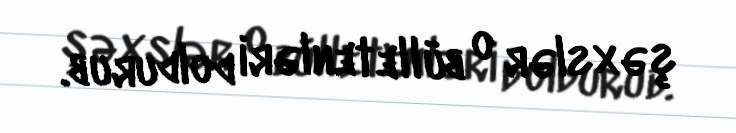
şəxslər o bülletenləri doldurub.